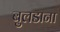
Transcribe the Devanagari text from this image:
बुलडाना